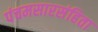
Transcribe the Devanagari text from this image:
पंचमसारसंहिता